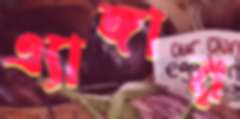
এ্যাঙ্গার